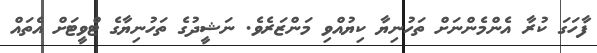
ފާހަގަ ކުރާ އެންމެންނަށް ތަހުނިޔާ ކިޔުއްވި މަންޒަރެވެ. ނަޝީދުގެ ތަހުނިޔާގެ ޓްވީޓަށް އެތައް